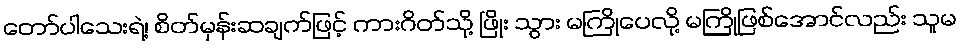
တော်ပါသေးရဲ့၊ စိတ်မှန်းဆချက်ဖြင့် ကားဂိတ်သို့ ဖြိုး သွား မကြိုပေလို့ မကြိုဖြစ်အောင်လည်း သူမ